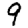
Digit: 9